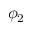
\phi _ { 2 }